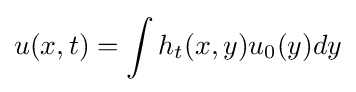
u(x,t)=\int h_{t}(x,y)u_{0}(y)dy